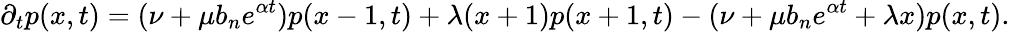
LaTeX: \partial_{t}p(x,t)=(\nu+\mu b_{n}e^{\alpha t})p(x-1,t)+\lambda(x+1)p(x+1,t)-(\nu+\mu b_{n}e^{\alpha t}+\lambda x)p(x,t).